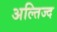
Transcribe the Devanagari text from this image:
अल्तिज्द